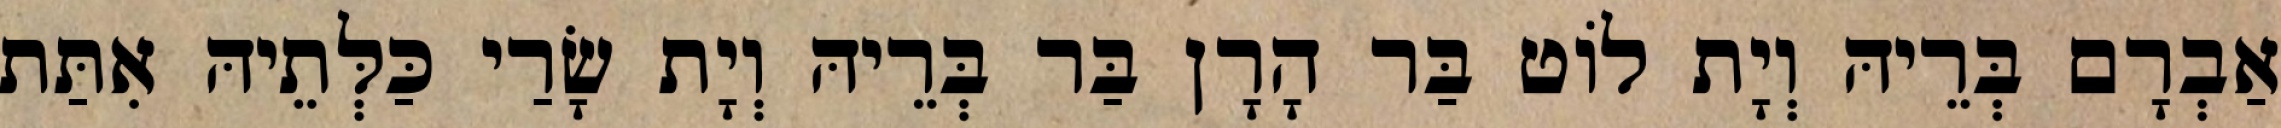
אַבְרָם בְּרֵיהּ וְיָת לוֹט בַּר הָרָן בַּר בְּרֵיהּ וְיָת שָׂרַי כַּלְּתֵיהּ אִתַּת